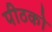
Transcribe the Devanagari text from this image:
पीठको